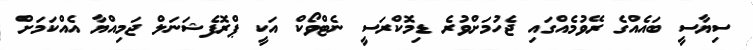
ސިޔާސީ ބައެއްގެ ރޭވުމެއްގައި ޖެހުމަށްވުރެ ޑިމޮކްރަސީ ނެޓްވޯކް އަކީ ޕްރޮފެޝަނަލް ޖަމިއްޔާ އެއްކަމަށް